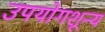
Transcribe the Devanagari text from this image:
उपयोगशून्य